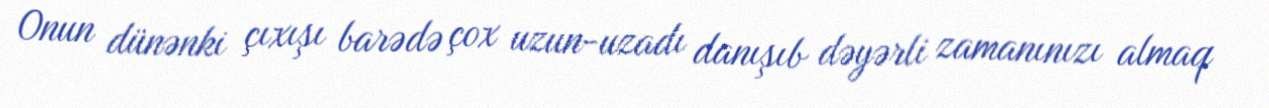
Onun dünənki çıxışı barədə çox uzun-uzadı danışıb dəyərli zamanınızı almaq